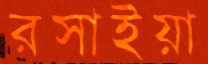
রসাইয়া